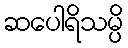
ဆပေါရိသမ္ပိ